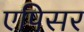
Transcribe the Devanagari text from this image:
एपिसर